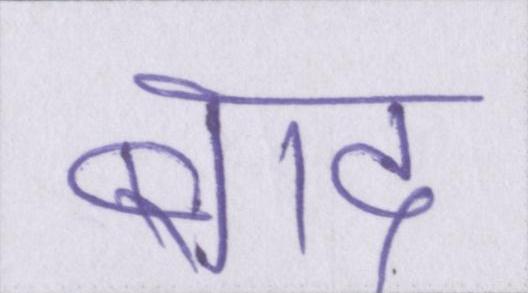
बाद